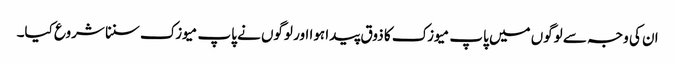
ان کی وجہ سے لوگوں میں پاپ میوزک کا ذوق پیدا ہوا اور لوگوں نے پاپ میوزک سننا شروع کیا۔